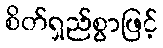
စိတ်ရှည်စွာဖြင့်